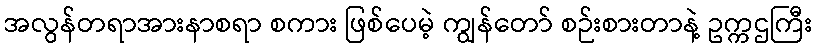
အလွန်တရာအားနာစရာ စကား ဖြစ်ပေမဲ့ ကျွန်တော် စဉ်းစားတာနဲ့ ဥက္ကဌကြီး